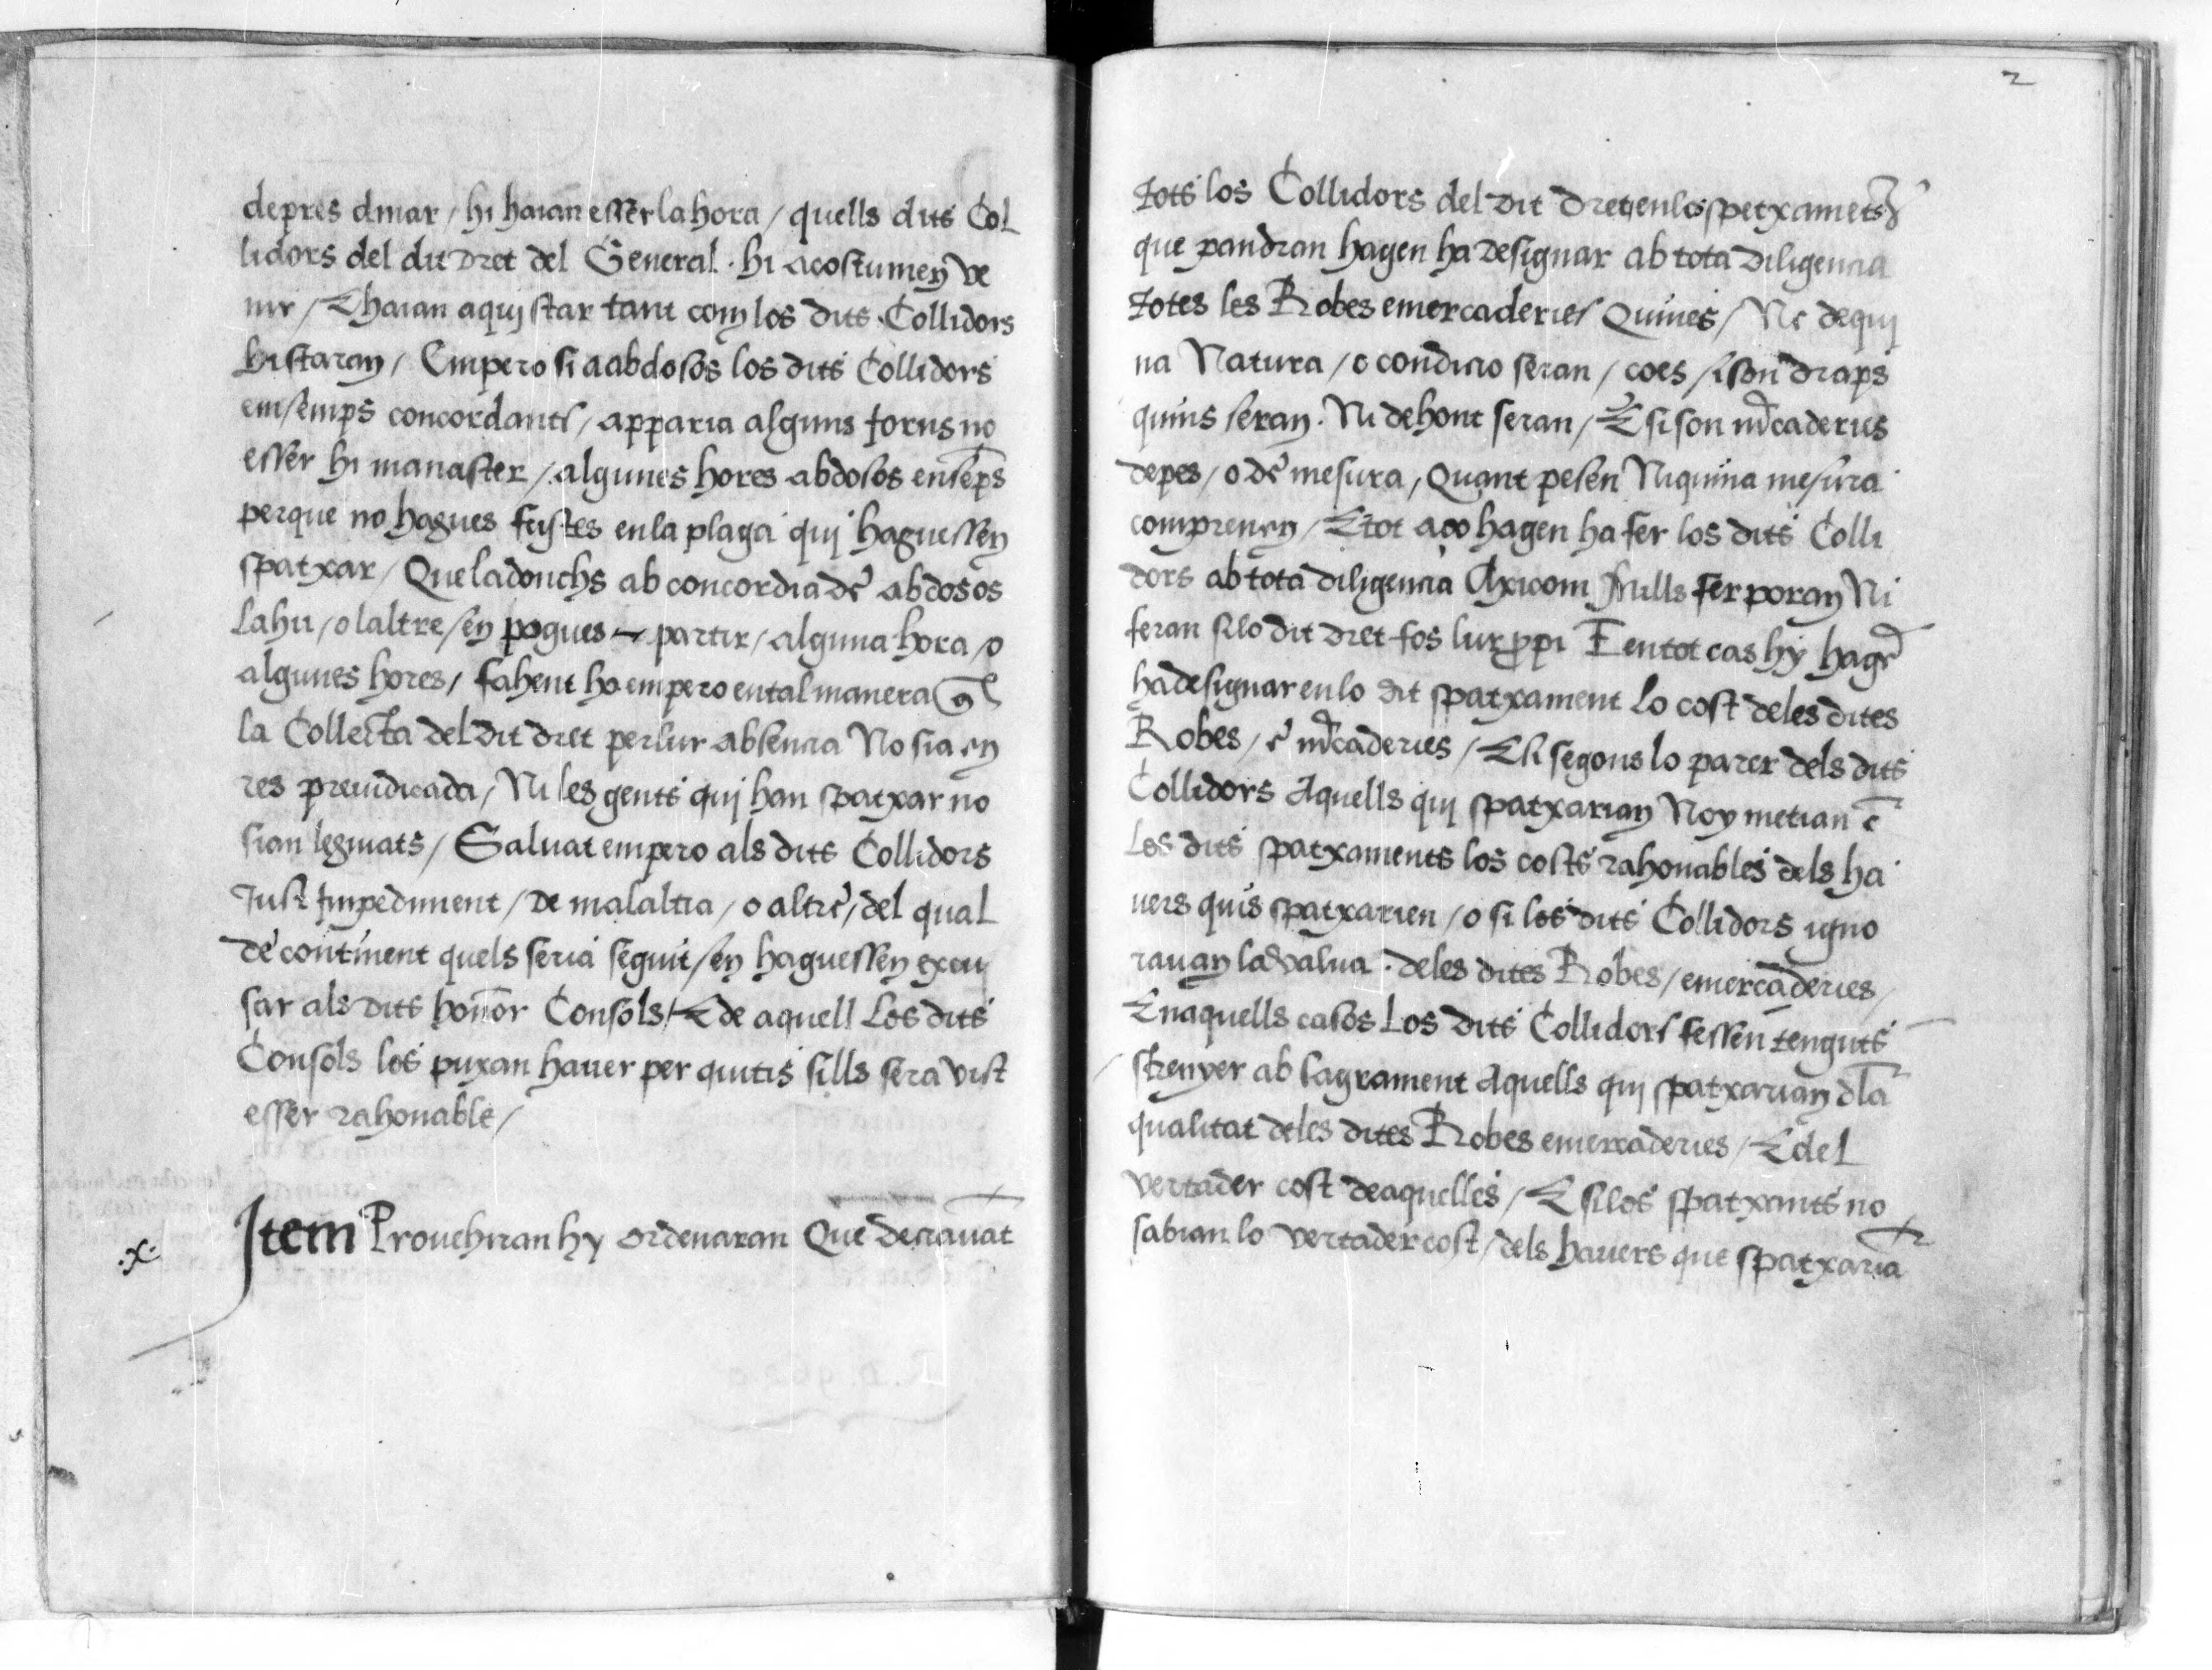
Shelfmark: Paris, BnF, esp. 548
Century: 16